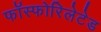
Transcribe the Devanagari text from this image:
फॉस्फोरिलेटेड